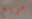
مريع